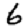
Digit: 6